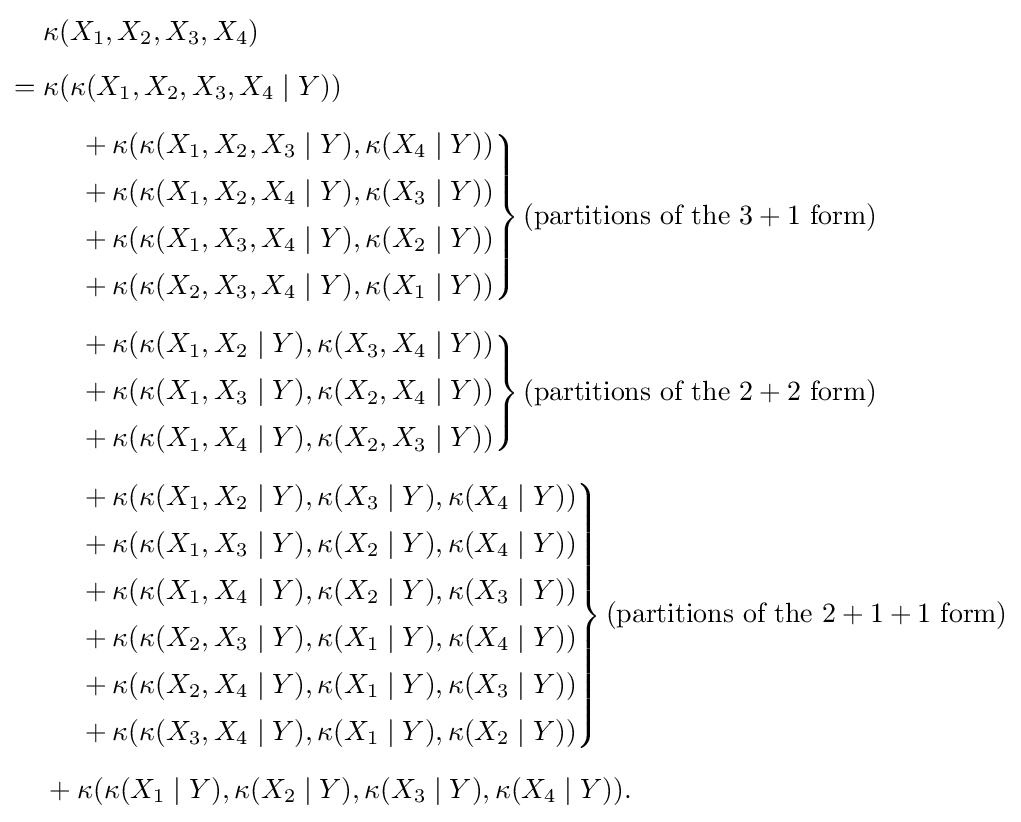
{\begin{aligned}&\kappa (X_{1},X_{2},X_{3},X_{4})\\[5pt]={}&\kappa (\kappa (X_{1},X_{2},X_{3},X_{4}\mid Y))\\[5pt]&\left.{\begin{matrix}&{}+\kappa (\kappa (X_{1},X_{2},X_{3}\mid Y),\kappa (X_{4}\mid Y))\\[5pt]&{}+\kappa (\kappa (X_{1},X_{2},X_{4}\mid Y),\kappa (X_{3}\mid Y))\\[5pt]&{}+\kappa (\kappa (X_{1},X_{3},X_{4}\mid Y),\kappa (X_{2}\mid Y))\\[5pt]&{}+\kappa (\kappa (X_{2},X_{3},X_{4}\mid Y),\kappa (X_{1}\mid Y))\end{matrix}}\right\}({\text{partitions of the }}3+1{\text{ form}})\\[5pt]&\left.{\begin{matrix}&{}+\kappa (\kappa (X_{1},X_{2}\mid Y),\kappa (X_{3},X_{4}\mid Y))\\[5pt]&{}+\kappa (\kappa (X_{1},X_{3}\mid Y),\kappa (X_{2},X_{4}\mid Y))\\[5pt]&{}+\kappa (\kappa (X_{1},X_{4}\mid Y),\kappa (X_{2},X_{3}\mid Y))\end{matrix}}\right\}({\text{partitions of the }}2+2{\text{ form}})\\[5pt]&\left.{\begin{matrix}&{}+\kappa (\kappa (X_{1},X_{2}\mid Y),\kappa (X_{3}\mid Y),\kappa (X_{4}\mid Y))\\[5pt]&{}+\kappa (\kappa (X_{1},X_{3}\mid Y),\kappa (X_{2}\mid Y),\kappa (X_{4}\mid Y))\\[5pt]&{}+\kappa (\kappa (X_{1},X_{4}\mid Y),\kappa (X_{2}\mid Y),\kappa (X_{3}\mid Y))\\[5pt]&{}+\kappa (\kappa (X_{2},X_{3}\mid Y),\kappa (X_{1}\mid Y),\kappa (X_{4}\mid Y))\\[5pt]&{}+\kappa (\kappa (X_{2},X_{4}\mid Y),\kappa (X_{1}\mid Y),\kappa (X_{3}\mid Y))\\[5pt]&{}+\kappa (\kappa (X_{3},X_{4}\mid Y),\kappa (X_{1}\mid Y),\kappa (X_{2}\mid Y))\end{matrix}}\right\}({\text{partitions of the }}2+1+1{\text{ form}})\\[5pt]&{\begin{matrix}{}+\kappa (\kappa (X_{1}\mid Y),\kappa (X_{2}\mid Y),\kappa (X_{3}\mid Y),\kappa (X_{4}\mid Y)).\end{matrix}}\end{aligned}}